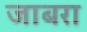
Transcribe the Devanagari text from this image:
जाबरा